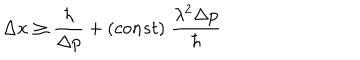
\Delta x \ge \frac { \hbar } { \Delta p } + ( c o n s t ) \; \frac { \lambda ^ { 2 } \Delta p } { \hbar }